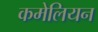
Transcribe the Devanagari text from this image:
कमेलियन